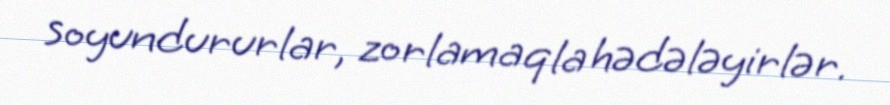
soyundururlar, zorlamaqla hədələyirlər.